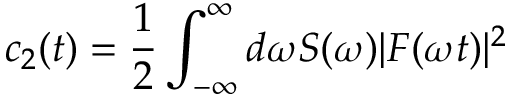
c _ { 2 } ( t ) = \frac { 1 } { 2 } \int _ { - \infty } ^ { \infty } d \omega S ( \omega ) | F ( \omega t ) | ^ { 2 }